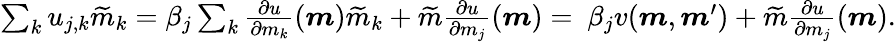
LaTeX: \begin{array}{r}{\sum_{k}u_{j,k}\widetilde{m}_{k}=\beta_{j}\sum_{k}\frac{\partial u}{\partial m_{k}}(\boldsymbol{m})\widetilde{m}_{k}+\widetilde{m}\frac{\partial u}{\partial m_{j}}(\boldsymbol{m})=\ \beta_{j}v(\boldsymbol{m},\boldsymbol{m}^{\prime})+\widetilde{m}\frac{\partial u}{\partial m_{j}}(\boldsymbol{m}).}\end{array}